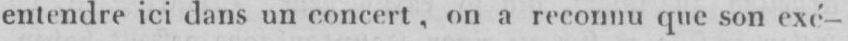
entendre ici dans un concert, on a reconnu que son exé-